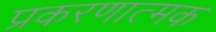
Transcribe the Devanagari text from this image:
प्रकरणात्मक